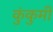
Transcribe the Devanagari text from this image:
कुंकुमी